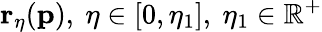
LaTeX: \mathbf{r}_{\eta}(\mathbf{p}),\ \eta\in[0,\eta_{1}],\ \eta_{1}\in\mathbb{R}^{+}